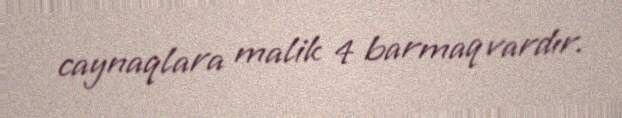
caynaqlara malik 4 barmaq vardır.